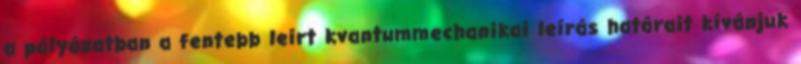
a pályázatban a fentebb leírt kvantummechanikai leírás határait kívánjuk